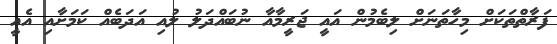
ފަރާތްތަކަށް މިހާތަނަށް ލިބެމުން އައީ ޖަރީމާއާ ނުބައްދަލު ލުއި އަދަބެއް ކަމަށާއި އެއީ